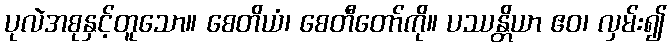
ပုလဲအစုနှင့်တူသော။ စေတိယံ၊ စေတီတော်ကို။ ပဿန္တိယာ ဧဝ၊ လှမ်း၍